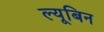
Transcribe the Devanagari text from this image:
ल्यूबिन